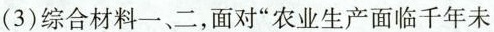
(3)综合材料一、二，面对”农业生产面临千年未